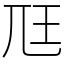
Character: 尫